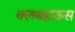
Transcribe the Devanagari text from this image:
क्लबहाऊस